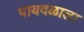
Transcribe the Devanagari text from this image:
पायदळाला